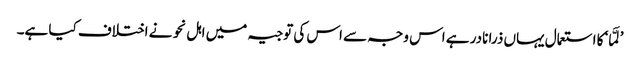
’لَمَّا‘ کا استعمال یہاں ذرا نادر ہے اس وجہ سے اس کی توجیہ میں اہل نحو نے اختلاف کیا ہے۔